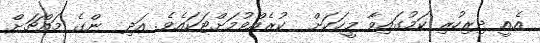
އެއީ ދިރިހުރި ކަމުގައިވާ މީހަކަށް  ކުރެއްވުމަށްޓަކައެވެ. އަދި  ންގެ މައްޗަށް